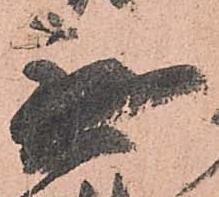
無